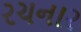
રચનાર